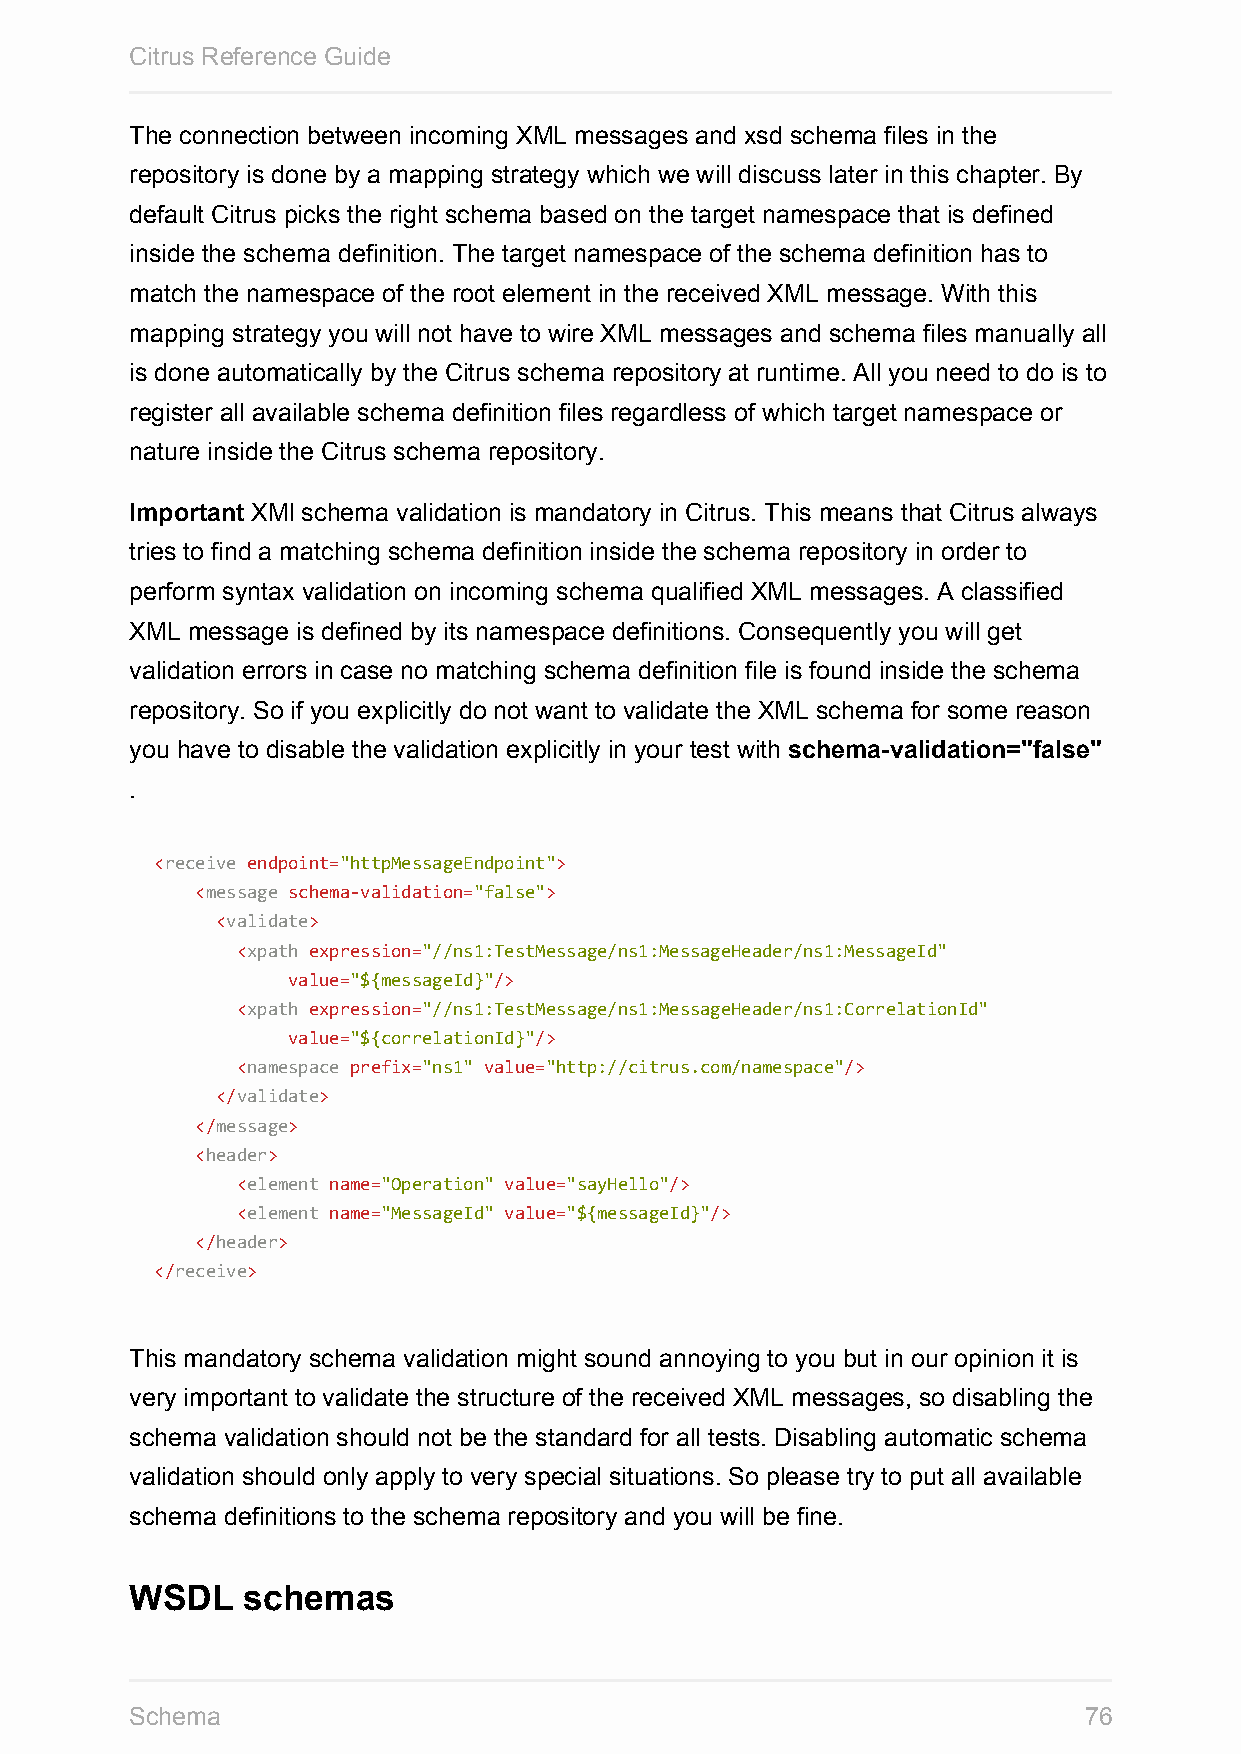
Citrus Reference Guide
 The connection between incoming XML messages and xsd schema files in the
 repository is done by a mapping strategy which we will discuss later in this chapter. By
 default Citrus picks the right schema based on the target namespace that is defined
 inside the schema definition. The target namespace of the schema definition has to
 match the namespace of the root element in the received XML message. With this
 mapping strategy you will not have to wire XML messages and schema files manually all
 is done automatically by the Citrus schema repository at runtime. All you need to do is to
 register all available schema definition files regardless of which target namespace or
 nature inside the Citrus schema repository.
 Important XMl schema validation is mandatory in Citrus. This means that Citrus always
 tries to find a matching schema definition inside the schema repository in order to
 perform syntax validation on incoming schema qualified XML messages. A classified
 XML message is defined by its namespace definitions. Consequently you will get
 validation errors in case no matching schema definition file is found inside the schema
 repository. So if you explicitly do not want to validate the XML schema for some reason
 you have to disable the validation explicitly in your test with schema-validation="false"
 .
 <receive endpoint="httpMessageEndpoint">
 <message schema-validation="false">
 <validate>
 <xpath expression="//ns1:TestMessage/ns1:MessageHeader/ns1:MessageId"
 value="${messageId}"/>
 <xpath expression="//ns1:TestMessage/ns1:MessageHeader/ns1:CorrelationId"
 value="${correlationId}"/>
 <namespace prefix="ns1" value="http://citrus.com/namespace"/>
 </validate>
 </message>
 <header>
 <element name="Operation" value="sayHello"/>
 <element name="MessageId" value="${messageId}"/>
 </header>
 </receive>
 This mandatory schema validation might sound annoying to you but in our opinion it is
 very important to validate the structure of the received XML messages, so disabling the
 schema validation should not be the standard for all tests. Disabling automatic schema
 validation should only apply to very special situations. So please try to put all available
 schema definitions to the schema repository and you will be fine.
 WSDL   schemas
 Schema                                                         76